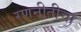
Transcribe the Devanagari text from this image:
रणनीतीचा